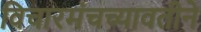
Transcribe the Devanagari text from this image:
विचारमंचच्यावतीने